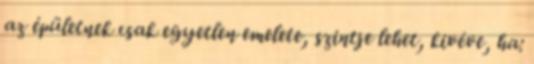
az épületnek csak egyetlen emelete, szintje lehet, kivéve, ha: